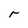
Character: r